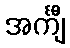
အင်္ကျီ